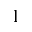
^ 1